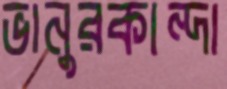
ভানুরকান্দা